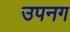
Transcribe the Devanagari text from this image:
उपनग